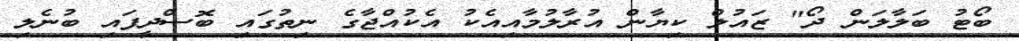
ބޯޓު ބަލާލަން ދޯ" ޒައުލް ކިޔާން އުރާލުމާއިއެކު އެކުއްޖާގެ ނިތުގައި ބޮސްދީފައި ބުނެލި